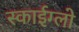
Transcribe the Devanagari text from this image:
स्काईग्लो